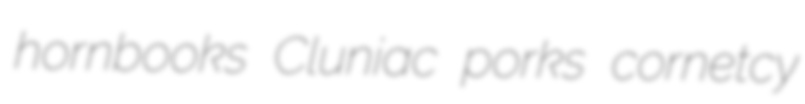
hornbooks Cluniac porks cornetcy